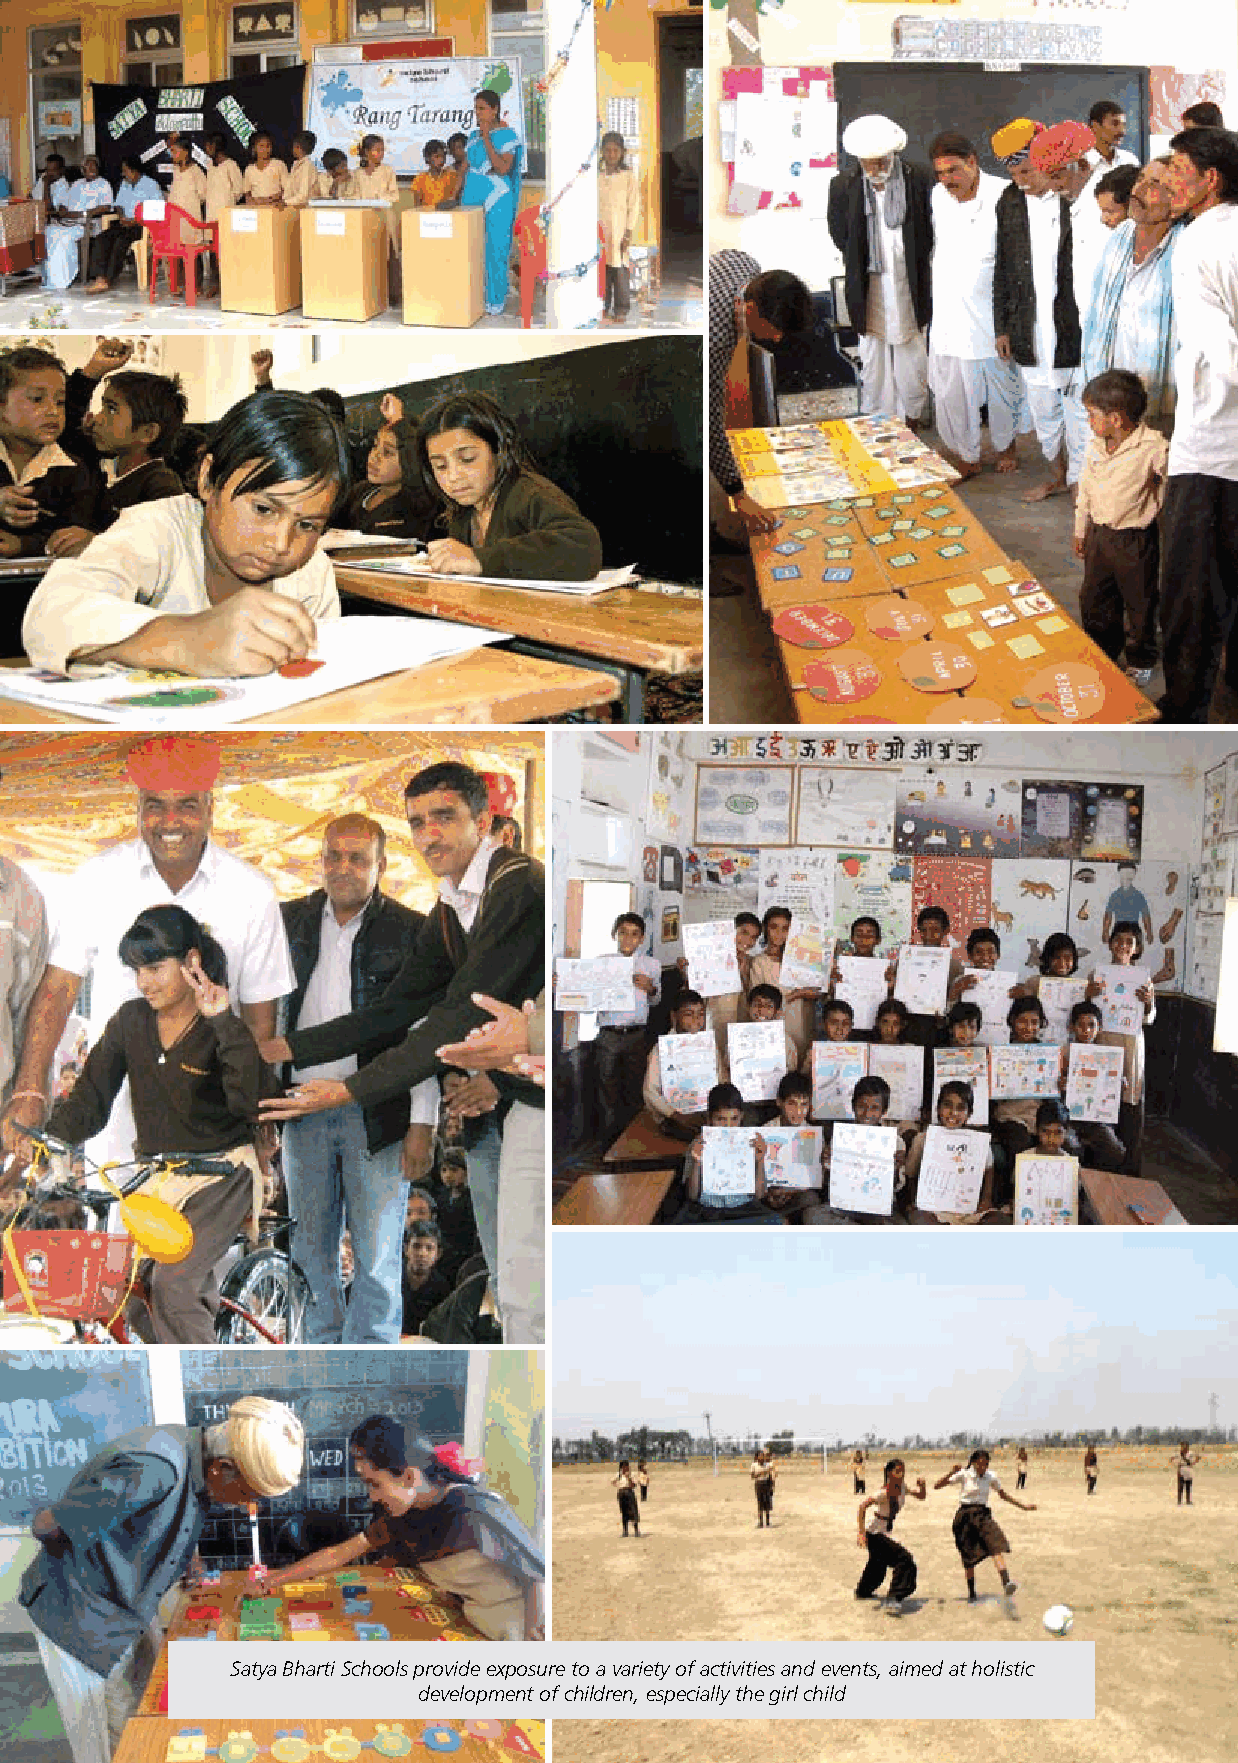
Satya Bharti Schools provide exposure to a variety of activities and events, aimed at holistic
 ANNUAL REPORT 2012-13 • 17
 development of children, especially the girl child